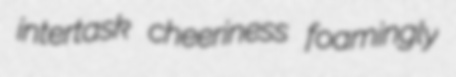
intertask cheeriness foamingly